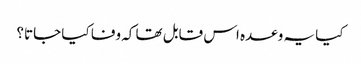
کیا یہ وعدہ اس قابل تھا کہ وفا کیا جاتا؟